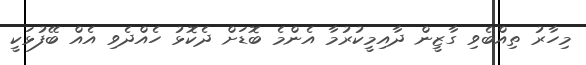
މިހާރު ތިއްބެވި ގާޒީން ދާއިމީކުރުމާ އެންމެ ބޮޑަށް ދެކޮޅު ހެއްދެވި އެއް ބޭފުޅަކީ